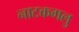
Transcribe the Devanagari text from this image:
नाटकगलु